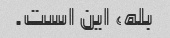
بله، این است.